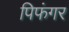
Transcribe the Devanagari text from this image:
पिफंगर